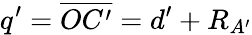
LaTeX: q^{\prime}=\overline{{OC^{\prime}}}=d^{\prime}+R_{A^{\prime}}